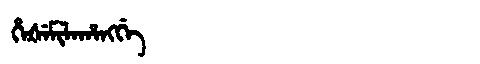
Manchu: ᡥᡝᡧᡝᠮᡳᠯᠠᡥᠠᠩᡤᡝ
Romanization: HEŠEMILAHANGGE